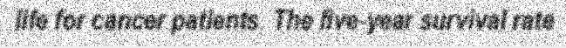
life for cancer patients. The five-year survival rate